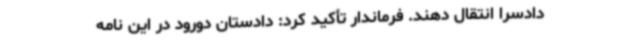
دادسرا انتقال دهند. فرماندار تأکید کرد: دادستان دورود در این نامه